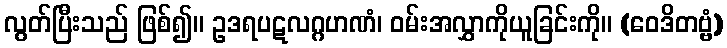
လွတ်ပြီးသည် ဖြစ်၍။ ဥဒရပဋလဂ္ဂဟဏံ၊ ဝမ်းအလွှာကိုယူခြင်းကို။ (ဝေဒိတဗ္ဗံ)